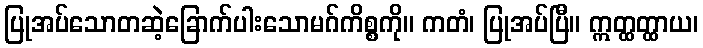
ပြုအပ်သောတဆဲ့ခြောက်ပါးသောမဂ်ကိစ္စကို။ ကတံ၊ ပြုအပ်ပြီ။ ဣတ္ထတ္ထာယ၊